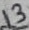
Text: 13